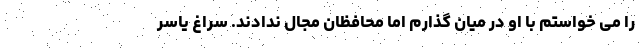
را می خواستم با او در میان گذارم اما محافظان مجال ندادند. سراغ یاسر